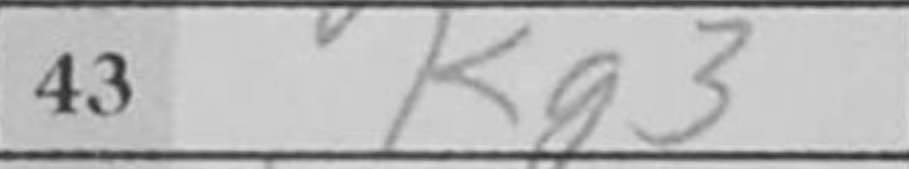
Transcription: Kg3